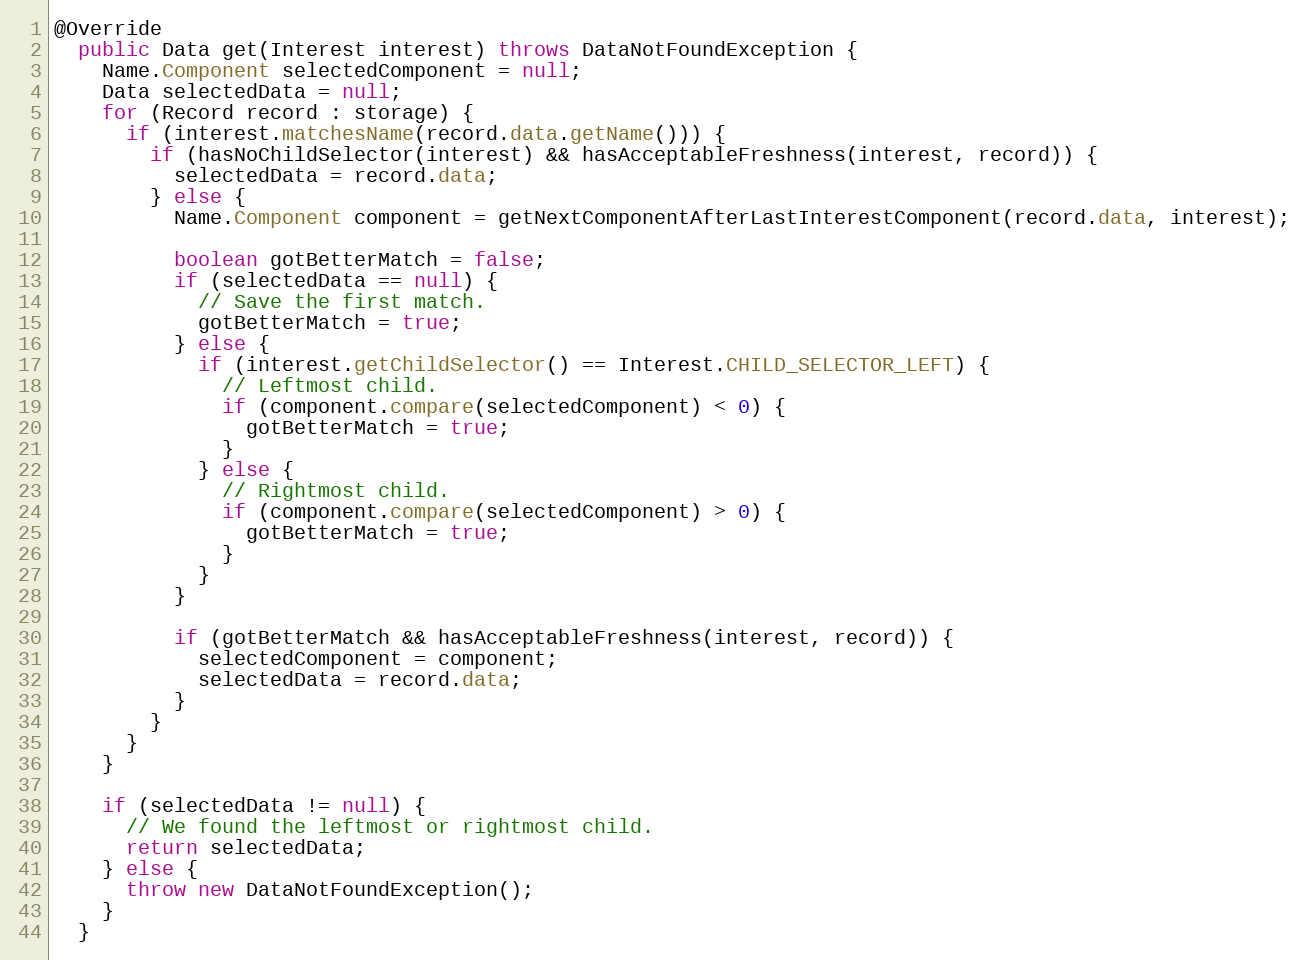
Language: Java
@Override
  public Data get(Interest interest) throws DataNotFoundException {
    Name.Component selectedComponent = null;
    Data selectedData = null;
    for (Record record : storage) {
      if (interest.matchesName(record.data.getName())) {
        if (hasNoChildSelector(interest) && hasAcceptableFreshness(interest, record)) {
          selectedData = record.data;
        } else {
          Name.Component component = getNextComponentAfterLastInterestComponent(record.data, interest);

          boolean gotBetterMatch = false;
          if (selectedData == null) {
            // Save the first match.
            gotBetterMatch = true;
          } else {
            if (interest.getChildSelector() == Interest.CHILD_SELECTOR_LEFT) {
              // Leftmost child.
              if (component.compare(selectedComponent) < 0) {
                gotBetterMatch = true;
              }
            } else {
              // Rightmost child.
              if (component.compare(selectedComponent) > 0) {
                gotBetterMatch = true;
              }
            }
          }

          if (gotBetterMatch && hasAcceptableFreshness(interest, record)) {
            selectedComponent = component;
            selectedData = record.data;
          }
        }
      }
    }

    if (selectedData != null) {
      // We found the leftmost or rightmost child.
      return selectedData;
    } else {
      throw new DataNotFoundException();
    }
  }